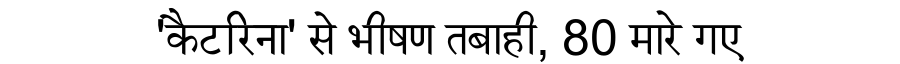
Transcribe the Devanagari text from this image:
'कैटरिना' से भीषण तबाही, 80 मारे गए